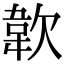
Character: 𩎗